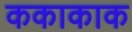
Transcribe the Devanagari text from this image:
ककाकाक